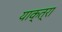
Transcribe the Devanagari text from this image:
याक्त्रा